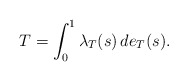
\begin{align*}T = \int_0^1 \lambda_T(s)\, de_T(s).\end{align*}